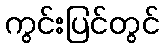
ကွင်းပြင်တွင်